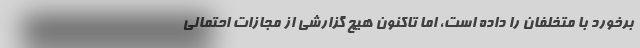
برخورد با متخلفان را داده است، اما تاکنون هیچ گزارشی از مجازات احتمالی